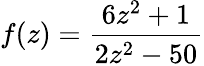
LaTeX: f(z)={\frac{6z^{2}+1}{2z^{2}-50}}